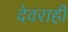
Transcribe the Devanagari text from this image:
देवराही